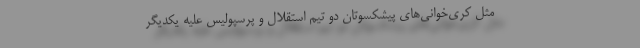
مثل کُری‌خوانی‌های پیشکسوتان دو تیم استقلال و پرسپولیس علیه یکدیگر